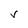
Character: V